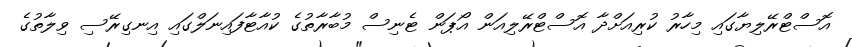
އޮސްޓްރޭލިޔާގައި މިހާރު ކުރިއަށްދާ އޮސްޓްރޭލިއަން އޯޕަން ޓެނިސް މުބާރާތުގެ ކުއާޓާފައިނަލްގައި އިނގިރޭސި ވިލާތުގެ